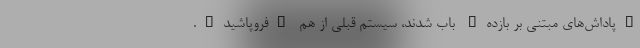
"پاداش‌های مبتنی بر بازده" باب شدند، سیستم قبلی از هم "فروپاشید".